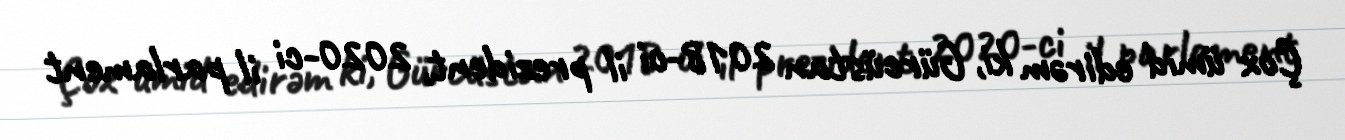
Çox ümid edirəm ki, Gürcüstan 2018-ci il prezident, 2020-ci il parlament